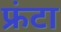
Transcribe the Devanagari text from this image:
फ्रंटा